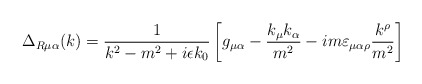
\begin{align*}\Delta_{R\mu\alpha}(k)= \frac{1}{k^2-m^2+i \epsilon k_0}\left[ g_{\mu\alpha}- \frac{k_\mu k_\alpha}{m^2 }-i m\varepsilon_{\mu\alpha\rho}\frac{k^\rho}{m^2}\right ] \end{align*}